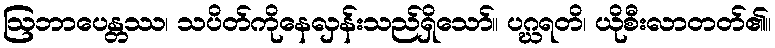
ဩဘာပေန္တဿ၊ သပိတ်ကိုနေလှန်းသည်ရှိသော်။ ပဂ္ဃရတိ၊ ယိုစီးလာတတ်၏။